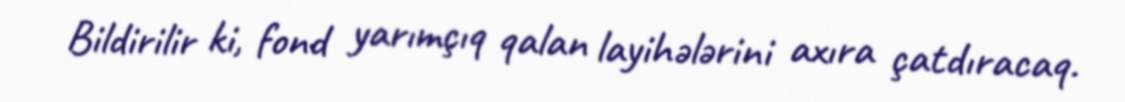
Bildirilir ki, fond yarımçıq qalan layihələrini axıra çatdıracaq.